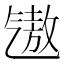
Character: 𪵧